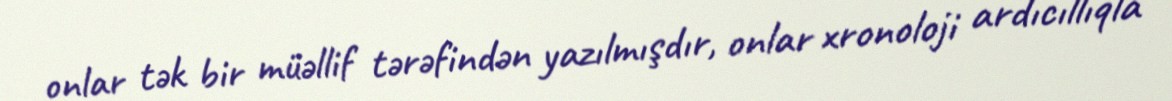
onlar tək bir müəllif tərəfindən yazılmışdır, onlar xronoloji ardıcıllıqla